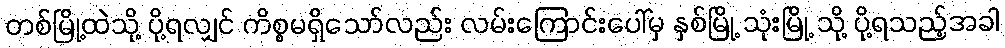
တစ်မြို့ထဲသို့ ပို့ရလျှင် ကိစ္စမရှိသော်လည်း လမ်းကြောင်းပေါ်မှ နှစ်မြို့ သုံးမြို့ သို့ ပို့ရသည့်အခါ